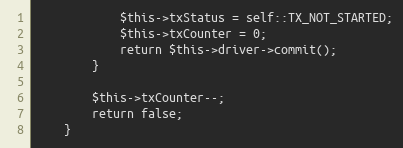
Language: PHP
			$this->txStatus = self::TX_NOT_STARTED;
			$this->txCounter = 0;
			return $this->driver->commit();
		}

		$this->txCounter--;
		return false;
	}